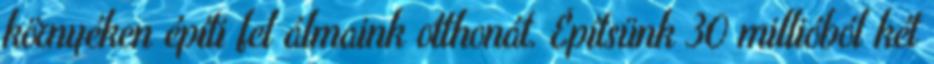
környéken építi fel álmaink otthonát. Építsünk 30 millióból két